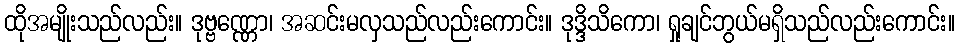
ထိုအမျိုးသည်လည်း။ ဒုဗ္ဗဏ္ဏော၊ အဆင်းမလှသည်လည်းကောင်း။ ဒုဒ္ဒိသိကော၊ ရှုချင်ဘွယ်မရှိသည်လည်းကောင်း။